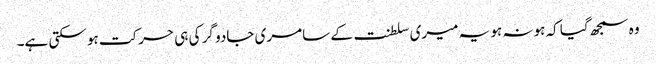
وہ سمجھ گیا کہ ہونہ ہو یہ میری سلطنت کے سامری جادو گر کی ہی حرکت ہو سکتی ہے۔